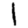
Digit: 1